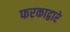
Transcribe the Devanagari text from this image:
फरकाद्वारे